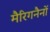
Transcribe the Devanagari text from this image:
मैरिगनैनों